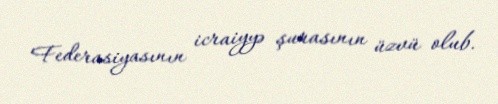
Federasiyasının icraiyyə şurasının üzvü olub.